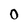
Character: O